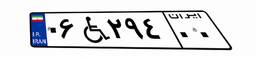
۰۶W۲۹۴۰۰